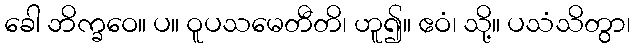
ခေါ ဘိက္ခဝေ။ ပ။ ဝူပသမေတီတိ၊ ဟူ၍။ ဧဝံ၊ သို့။ ပသံသိတွာ၊